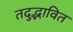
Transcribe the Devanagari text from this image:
तदुद्भावित